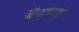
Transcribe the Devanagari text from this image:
बँटवाईं